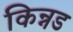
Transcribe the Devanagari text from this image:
किन्नड